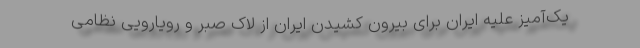
یک‌آمیز علیه ایران برای بیرون کشیدن ایران از لاک صبر و رویارویی نظامی